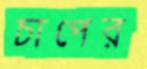
চাপের